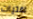
لفتيات